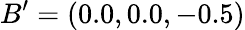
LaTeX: B^{\prime}=(0.0,0.0,-0.5)